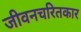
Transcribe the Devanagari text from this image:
जीवनचरितकार